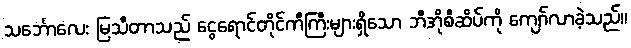
သင်္ဘောလေး မြသီတာသည် ငွေရောင်တိုင်ကီကြီးများရှိသော ဘီအိုစီဆိပ်ကို ကျော်လာခဲ့သည်။